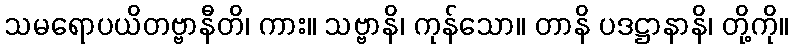
သမရောပယိတဗ္ဗာနီတိ၊ ကား။ သဗ္ဗာနိ၊ ကုန်သော။ တာနိ ပဒဋ္ဌာနာနိ၊ တို့ကို။